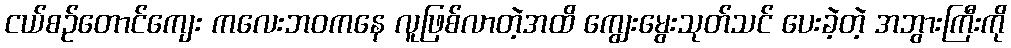
ငယ်စဉ်တောင်ကျေး ကလေးဘဝကနေ လူဖြစ်လာတဲ့အထိ ကျွေးမွေးသုတ်သင် ပေးခဲ့တဲ့ အဘွားကြီးကို